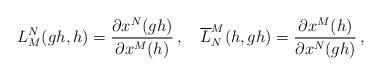
LaTeX: \begin{align*}L^{N}_{M}(gh, h)=\frac{\partial x^{N}(gh)}{\partial x^{M}(h)}\,,\quad\overline{L}^{M}_{N}(h, gh)=\frac{\partial x^{M}(h)}{\partial x^{N}(gh)}\,,\end{align*}